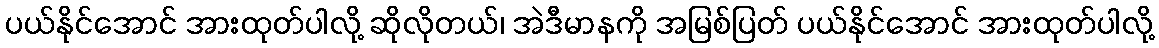
ပယ်နိုင်အောင် အားထုတ်ပါလို့ ဆိုလိုတယ်၊ အဲဒီမာနကို အမြစ်ပြတ် ပယ်နိုင်အောင် အားထုတ်ပါလို့